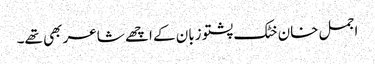
اجمل خان خٹک پشتو زبان کے اچھے شاعر بھی تھے۔